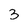
Character: 3